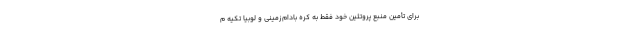
برای تأمین منبع پروتئین خود فقط به کره بادام‌زمینی و لوبیا تکیه م